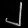
Digit: ၂